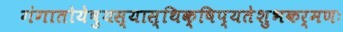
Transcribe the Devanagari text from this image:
गंगातोयेषुयस्यास्थिक्षिप्यतेशुभकर्मणः